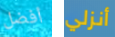
أفضل أنزلي